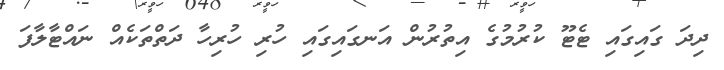
ދިދަ ގައިގައި ޓެޓޫ ކުރުމުގެ އިތުރުން އަނގައިގައި ހުރި ހުރިހާ ދަތްތަކެއް ނައްޓާލާފަ